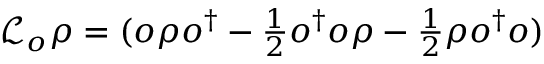
\begin{array} { r } { \mathcal { L } _ { o } \rho = ( o \rho o ^ { \dagger } - \frac { 1 } { 2 } o ^ { \dagger } o \rho - \frac { 1 } { 2 } \rho o ^ { \dagger } o ) } \end{array}